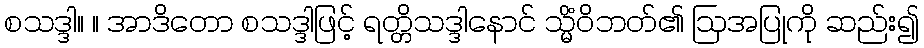
စသဒ္ဒါ။ ။ အာဒိတော စသဒ္ဒါဖြင့် ရတ္တိသဒ္ဒါနောင် သ္မိံဝိဘတ်၏ ဩအပြုကို ဆည်း၍